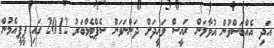
އަދި އެއްބަސްވުން އުވާލަން ރައީސް ވަހީދަށް ދަންނަވަން ސެޕްޓެމްބަރު 2012 ގައި ޕީޕީއެމުން